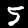
Label: 5